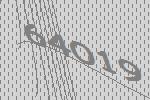
64019